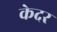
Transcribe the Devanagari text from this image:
केदर